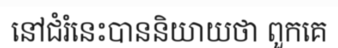
នៅជំរំនេះបាននិយាយថា ពួកគេ